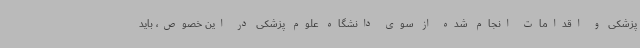
پزشکی و اقدامات انجام شده از سوی دانشگاه علوم پزشکی در این خصوص، باید